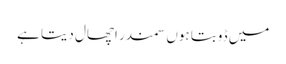
میں ڈوبتا ہوں سمندر اچھال دیتا ہے